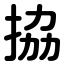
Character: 拹